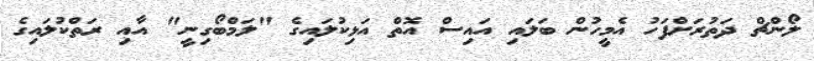
ލޯންޗް ދަތުރަށްފަހު އެމީހުން ބަލައި އައިސް އޮތް އަޅިކުލައިގެ "ލަމްބޯގިނީ" އާއި ރަތްކުލައިގެ